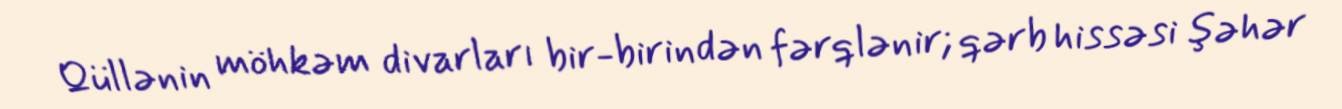
Qüllənin möhkəm divarları bir-birindən fərqlənir; qərb hissəsi şəhər